Report of the Bombay Plague Committee
Disease focus: Plague
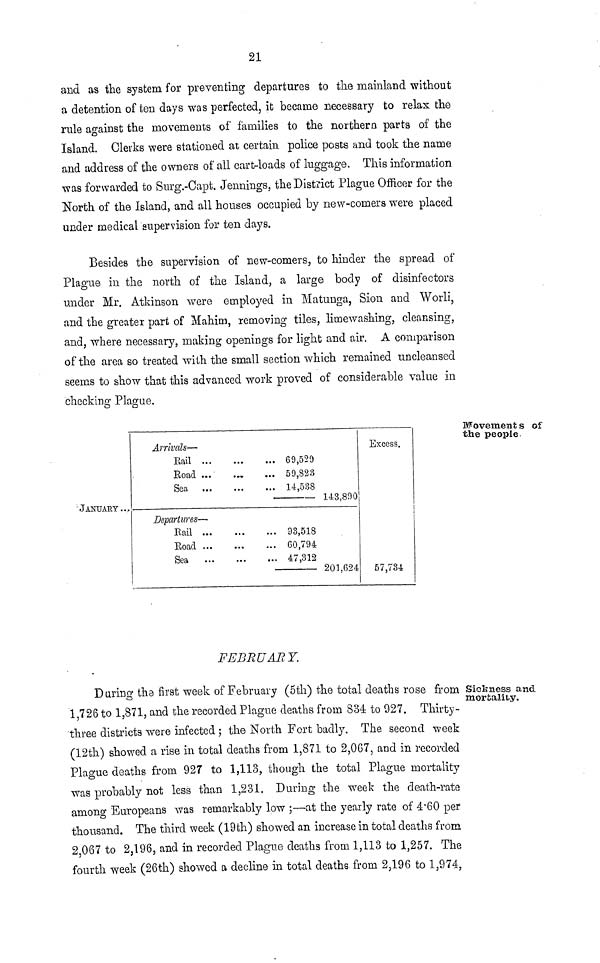
21
and as the system for preventing departures to the mainland without
a detention of ten days was perfected, it became necessary to relax the
rule against the movements of families to the northern parts of the
Island. Clerks were stationed at certain police posts and took the name
and address of the owners of all cart-loads of luggage. This information
was forwarded to Surg.-Capt. Jennings, the District Plague Officer for the
North of the Island, and all houses occupied by new-comers were placed
under medical supervision for ten days.
Besides the supervision of new-comers, to hinder the spread of
Plague in the north of the Island, a large body of disinfectors
under Mr. Atkinson were employed in Matunga, Sion and Worli,
and the greater part of Mahitn, removing tiles, lime washing, cleansing,
and, where necessary, making openings for light and air. A comparison
of the area so treated with the small section which remained uncleansed
seems to show that this advanced work proved of considerable value in
checking Plague.
Movement s of
the people
JANUARY...
Arrivals—
Rail ...
Road ...
Sea
Departures—
Kail ...
Road ...
Sea
...
69,529
59,823
14,538
143,890
93,518
60,794
47,312
201,624
Excess.
57,734
FEBRUARY.
Sickness and
mortality.
During the first week of February (5th) the total deaths rose from
1,726 to 1,871, and the recorded Plague deaths from 834 to 927. Thirty-
three districts were infected ; the North Fort badly. The second week
(12th) showed a rise in total deaths from 1,871 to 2,067, and in recorded
Plague deaths from 927 to 1,113, though the total Plague mortality
was probably not less than 1,231. During the week the death-rate
among Europeans was remarkably low ;—at the yearly rate of 4.60 per
thousand. The third week (19th) showed an increase in total deaths from
2,067 to 2,196, and in recorded Plague deaths from 1,113 to 1,257. The
fourth week (26th) showed a decline in total deaths from 2,196 to 1,974,